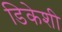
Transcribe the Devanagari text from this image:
डिकेशी